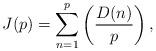
LaTeX: \begin{align*}J(p)=\sum_{n=1}^{p} \left( \frac{D(n)}{p} \right),\end{align*}